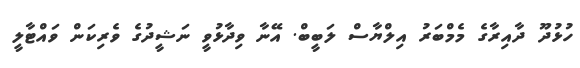
ހުޅުދޫ ދާއިރާގެ މެމްބަރު އިލްޔާސް ލަބީބް. އޭނާ ވިދާޅުވީ ނަޝީދުގެ ވެރިކަން ވައްޓާލީ